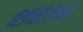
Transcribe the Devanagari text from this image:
टिमिरैरियो